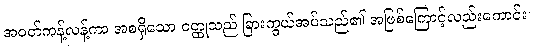
အဝတ်ကန့်လန့်ကာ အစရှိသော ဝတ္ထုသည် ခြားကွယ်အပ်သည်၏ အဖြစ်ကြောင့်လည်းကောင်း။